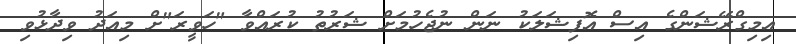
އިމިގްރޭޝަންގެ އިސް އޮފިޝަލަކު ނަން ނުޖެހުމަށް ޝަރުތު ކުރައްވާ "ހަވީރަ"ށް މިއަދު ވިދާޅުވި